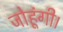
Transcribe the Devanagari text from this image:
जोहूंगी।